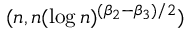
( n , n ( \log n ) ^ { ( \beta _ { 2 } - \beta _ { 3 } ) / 2 } )